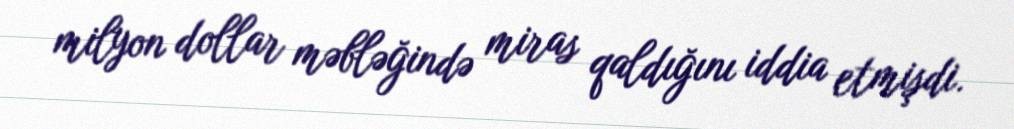
milyon dollar məbləğində miras qaldığını iddia etmişdi.